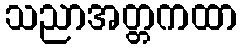
သညာအတ္တကထာ